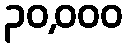
၃၀,၀၀၀